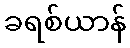
ခရစ်ယာန်